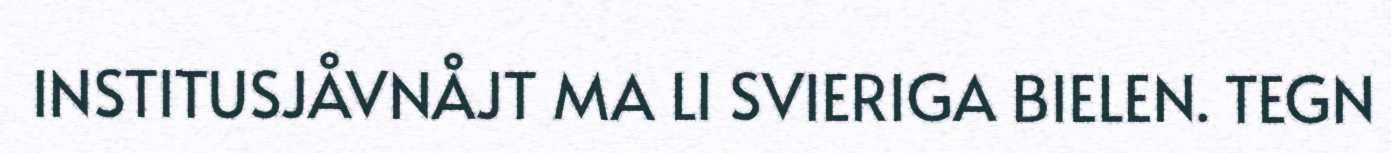
INSTITUSJÅVNÅJT MA LI SVIERIGA BIELEN. TEGN